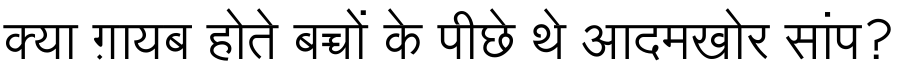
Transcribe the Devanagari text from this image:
क्या ग़ायब होते बच्चों के पीछे थे आदमखोर सांप?